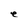
Character: e